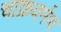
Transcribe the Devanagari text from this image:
चाक्रवर्मण